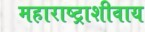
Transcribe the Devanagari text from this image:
महाराष्ट्राशीवाय